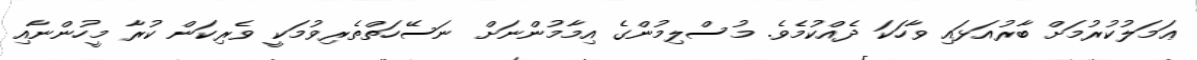
ޢަމަލުކުރުމަށް ބާރުއަޅައި ވާހަކަ ދެއްކުމެވެ. މުސްލިމުންގެ އިމާމުންނަށް ނަސޭހަތްތެރިވުމަކީ ވެރިކަން ކުރާ މީހުންނާއި